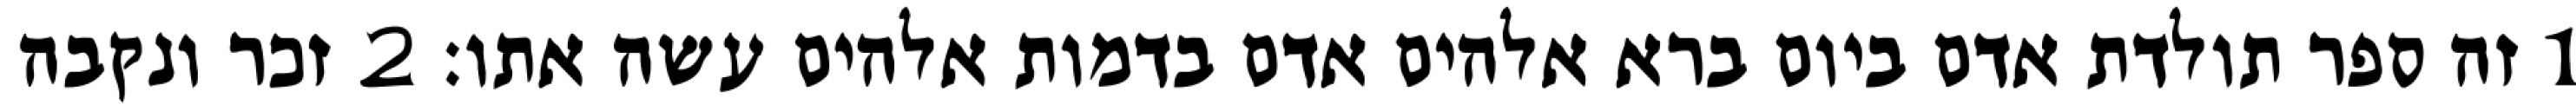
1 זה ספר תולדת אדם ביום ברא אלהים אדם בדמות אלהים עשה אתו׃ ‎2‏ זכר ונקבה